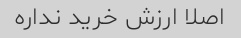
اصلا ارزش خرید نداره